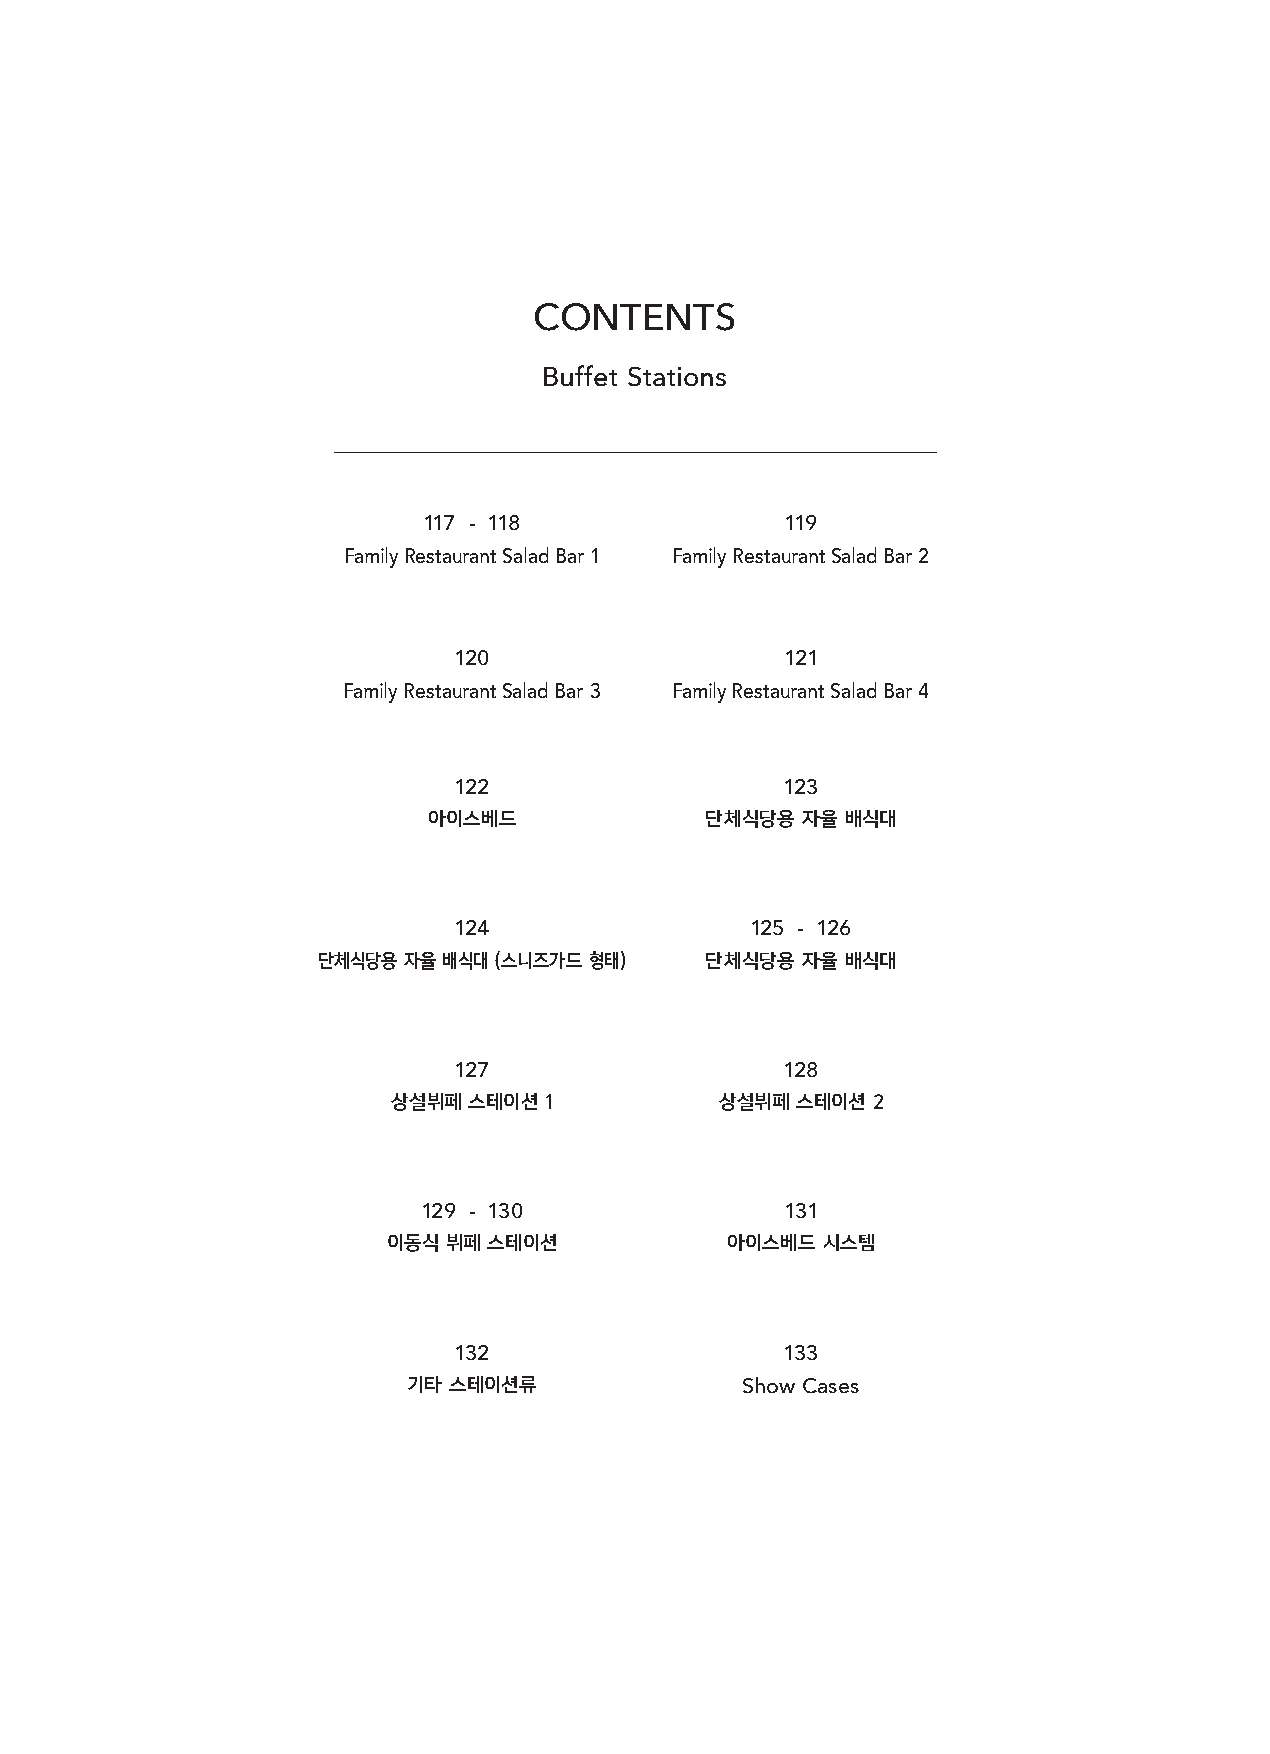
CONTENTS
 Buffet Stations
 117 - 118               119
 Family Restaurant Salad Bar 1 Family Restaurant Salad Bar 2
 120                   121
 Family Restaurant Salad Bar 3 Family Restaurant Salad Bar 4
 122                   123
 아이스베드              단체식당용 자율 배식대
 124                 125 - 126
 단체식당용 자율 배식대 (스니즈가드 형태)   단체식당용 자율 배식대
 127                   128
 상설뷔페 스테이션 1           상설뷔페 스테이션 2
 129 - 130               131
 이동식 뷔페 스테이션           아이스베드 시스템
 132                   133
 기타 스테이션류              Show Cases